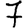
Digit: 7